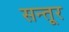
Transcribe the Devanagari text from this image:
सन्तूर